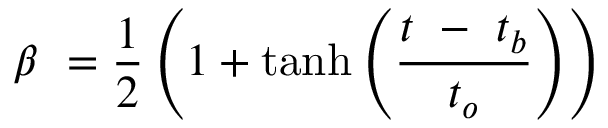
\beta \ = \frac { 1 } { 2 } \left( 1 + \operatorname { t a n h } \left( \frac { t \ - \ t _ { b } } { t _ { o } } \right) \right)